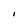
Character: I